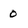
Character: 0